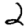
Digit: 2